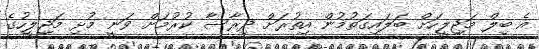
އެ ބިލް މަޖިލީހަށް ބަލައިގަތުމުން އިތުރަށް ދިރާސާ ކުރުމަށް ވަނީ މުޅި މަޖިލީހުގެ